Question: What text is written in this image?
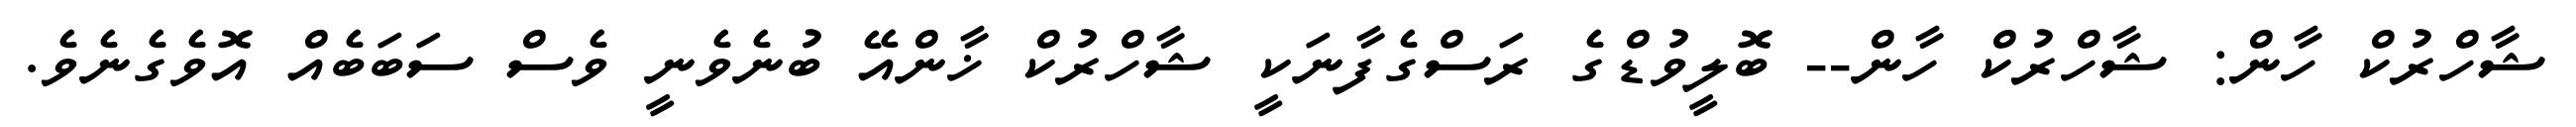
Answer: ޝާހްރުކް ހާން: ޝާހްރުކް ހާން-- ބޮލީވުޑްގެ ރަސްގެފާނަކީ ޝާހްރުކް ޚާންއޭ ބުނެވެނީ ވެސް ސަބަބެއް އޮވެގެނެވެ.